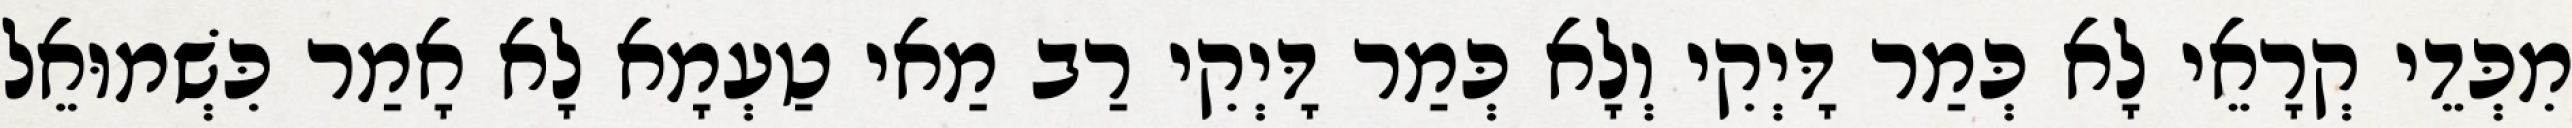
מִכְּדֵי קְרָאֵי לָא כְּמַר דָּיְקִי וְלָא כְּמַר דָּיְקִי רַב מַאי טַעְמָא לָא אָמַר כִּשְׁמוּאֵל